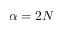
\alpha = 2 N